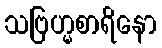
သဗြဟ္မစာရိနော